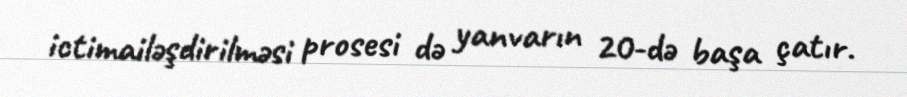
ictimailəşdirilməsi prosesi də yanvarın 20-də başa çatır.